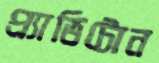
প্র্যাভিটোন